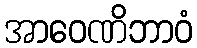
အာဝေဏိဘာဝံ